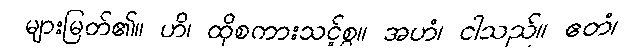
များမြတ်၏။ ဟိ၊ ထိုစကားသင့်စွ။ အဟံ၊ ငါသည်။ ဧတံ၊